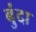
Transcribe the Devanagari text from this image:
बुंदा